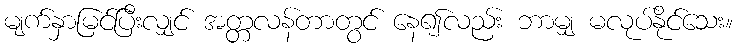
မျက်နှာမြင်ပြီးလျှင် အတ္တလန်တာတွင် နေ၍လည်း ဘာမျှ မလုပ်နိုင်သေး။